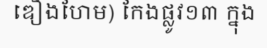
ឌឿងហែម) កែងផ្លូវ១៣ ក្នុង